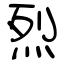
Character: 烈